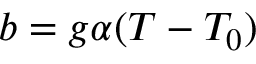
b = g \alpha ( T - T _ { 0 } )